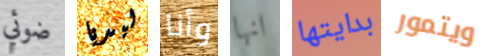
ضوئي ليديا وأنا انها بدايتها ويتمور